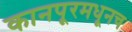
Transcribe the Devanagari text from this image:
कानपूरमधूनच